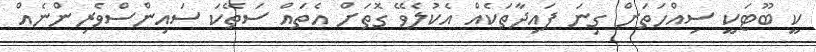
ކީ ބޫޓަކީ ސިއްހަތަށް ގިނަ ފައިދާތަކެއް އެކުލެވޭ ގޮތަށް އެތައް ސަތޭކަ ސައިންސްވެރިންނެއް